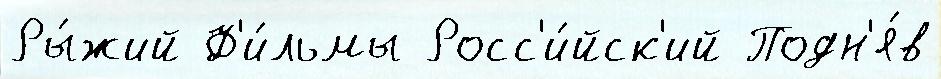
Ры́жий Ф'и́льмы Росс'и́йск'ий Подн'я́в